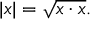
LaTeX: | x | = { \sqrt { x \cdot x } } .